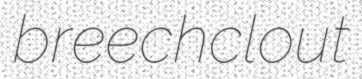
breechclout